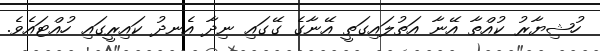
ހުޝިޔާރު ކުއްތާ އޭނާ އަތުލައިގަތީ އޭނާގެ ގޭގައި ނިދާ އެނދު ކައިރީގައި ހުއްޓައެވެެ.